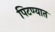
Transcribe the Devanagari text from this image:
पिटण्यात